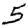
Digit: 5